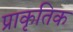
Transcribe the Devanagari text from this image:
प्राकृतिक